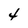
Character: 4